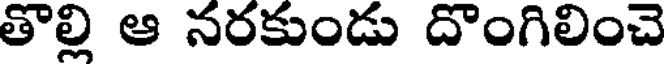
తొల్లి ఆ నరకుండు దొంగిలించె